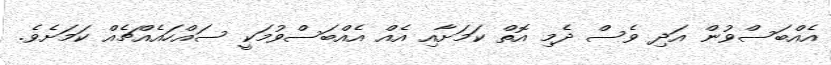
އެއްބަސްވުން އަދި ވެސް ދެމި އޮތް ކަމަށާއި އެއް އެއްބަސްވުމަކީ ސައްހައެއްޗެއް ކަމަށެވެ.